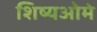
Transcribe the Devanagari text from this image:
शिष्यओमे